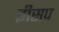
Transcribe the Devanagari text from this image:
इीसप